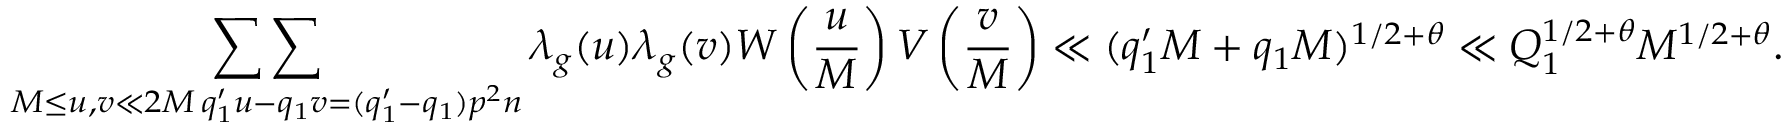
\mathop { \sum \sum } _ { \substack { M \leq u , v \ll 2 M \, q _ { 1 } ^ { \prime } u - q _ { 1 } v = ( q _ { 1 } ^ { \prime } - q _ { 1 } ) p ^ { 2 } n } } \lambda _ { g } ( u ) \lambda _ { g } ( v ) W \left( \frac { u } { M } \right) V \left( \frac { v } { M } \right) \ll ( q _ { 1 } ^ { \prime } M + q _ { 1 } M ) ^ { 1 / 2 + \theta } \ll Q _ { 1 } ^ { 1 / 2 + \theta } M ^ { 1 / 2 + \theta } .